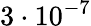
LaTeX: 3\cdot 10^{-7}